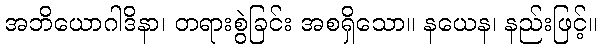
အဘိယောဂါဒိနာ၊ တရားစွဲခြင်း အစရှိသော။ နယေန၊ နည်းဖြင့်။